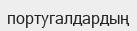
португалдардың